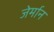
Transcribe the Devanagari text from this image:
जेर्मान